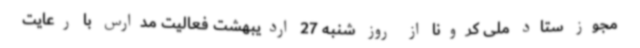
مجوز ستاد ملی کرونا از روز شنبه 27 اردیبهشت فعالیت مدارس با رعایت